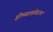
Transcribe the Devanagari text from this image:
होण्याअगोदरचा